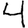
Digit: 4